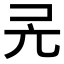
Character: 𠑻